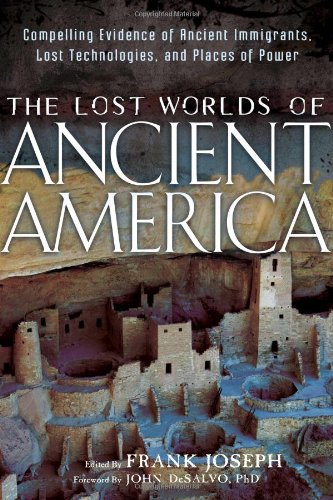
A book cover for The Lost Worlds of Ancient America: Compelling Evidence of Ancient Immigrants, Lost Technologies, and Places of Power; Religion & Spirituality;